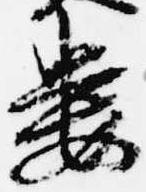
婁